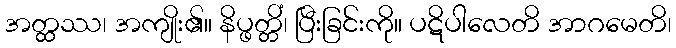
အတ္ထဿ၊ အကျိုး၏။ နိပ္ဖတ္တိံ၊ ပြီးခြင်းကို။ ပဋိပါလေတိ အာဂမေတိ၊